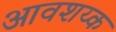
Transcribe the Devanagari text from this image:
आवशय्क